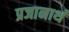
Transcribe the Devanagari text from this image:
प्रजानाथं